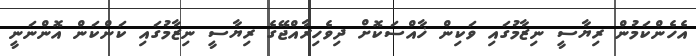
އެހެންކަމުން ރިޔާސީ ނިޒާމުގައި ވަކިން ޚާއްސަކޮށް ދިވެހިރާއްޖޭގެ ރިޔާސީ ނިޒާމުގައި ކަންކަން އޮންނަނީ